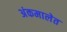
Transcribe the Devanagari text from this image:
अंकमालेत